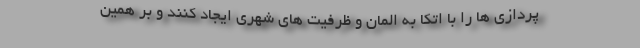
پردازی ها را با اتکا به المان و ظرفیت های شهری ایجاد کنند و بر همین